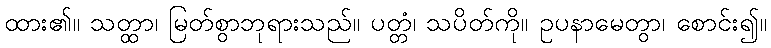
ထား၏။ သတ္ထာ၊ မြတ်စွာဘုရားသည်။ ပတ္တံ၊ သပိတ်ကို။ ဥပနာမေတွာ၊ စောင်း၍။